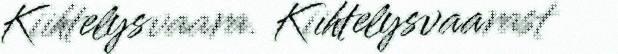
Kiihtelysvaara. Kiihtelysvaarast